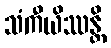
သံကီယိဿန္တိ